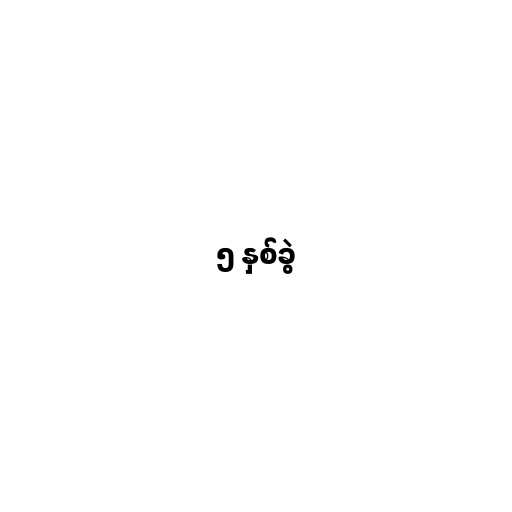
၅ နှစ်ခွဲ